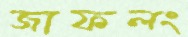
জাফলং